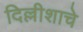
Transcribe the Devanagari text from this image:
दिल्लीशाचे